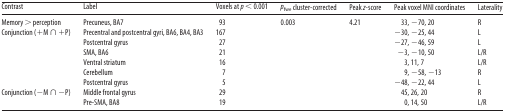
<table><thead><tr><td><b>Contrast</b></td><td><b>Label</b></td><td><b>Voxels at <i>p</i> &lt; 0.001</b></td><td><b><i>p</i><sub>fwe</sub> cluster-corrected</b></td><td><b>Peak <i>z</i>-score</b></td><td><b>Peak voxel MNI coordinates</b></td><td><b>Laterality</b></td></tr></thead><tbody><tr><td>Memory &gt; perception</td><td>Precuneus, BA7</td><td>93</td><td>0.003</td><td>4.21</td><td>33, −70, 20</td><td>R</td></tr><tr><td rowspan="6">Conjunction (+M ∩ +P)</td><td>Precentral and postcentral gyri, BA6, BA4, BA3</td><td>167</td><td></td><td></td><td>−30, −25, 44</td><td>L</td></tr><tr><td>Postcentral gyrus</td><td>27</td><td></td><td></td><td>−27, −46, 59</td><td>L</td></tr><tr><td>SMA, BA6</td><td>21</td><td></td><td></td><td>−3, −10, 50</td><td>L/R</td></tr><tr><td>Ventral striatum</td><td>16</td><td></td><td></td><td>3, 11, 7</td><td>L/R</td></tr><tr><td>Cerebellum</td><td>7</td><td></td><td></td><td>9, −58, −13</td><td>R</td></tr><tr><td>Postcentral gyrus</td><td>5</td><td></td><td></td><td>−48, −22, 44</td><td>L</td></tr><tr><td rowspan="2">Conjunction (−M ∩ −P)</td><td>Middle frontal gyrus</td><td>29</td><td></td><td></td><td>45, 26, 20</td><td>R</td></tr><tr><td>Pre-SMA, BA8</td><td>19</td><td></td><td></td><td>0, 14, 50</td><td>L/R</td></tr></tbody></table>